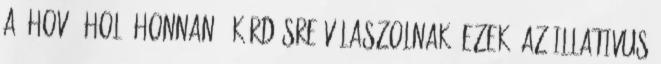
a „hová? hol? honnan?” kérdésre válaszolnak. Ezek: az illativus